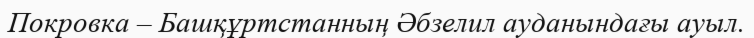
Покровка – Башқұртстанның Әбзелил ауданындағы ауыл.